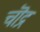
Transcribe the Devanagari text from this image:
चॊद्र